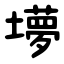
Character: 㙹